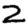
Digit: 2